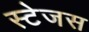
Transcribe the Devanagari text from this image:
स्टेजस